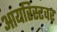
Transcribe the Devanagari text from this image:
आयरिस्टवर